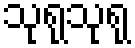
သုရုသုရု